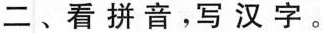
二、看拼音，写汉字。